Indian journal of veterinary science and animal husbandry - Volume 10,
Year: 1940
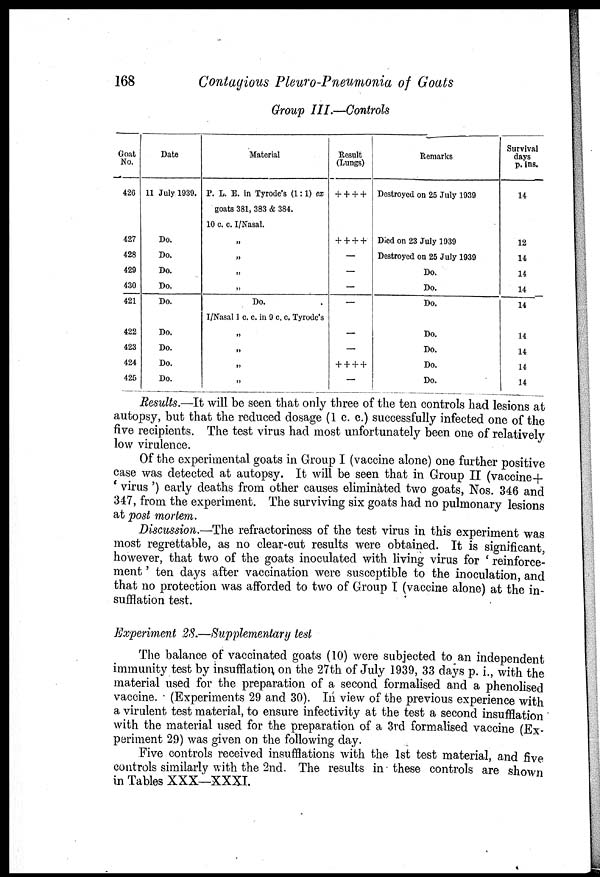
168
Contagious Pleuro-Pneumonia of Goats
Group III.—Controls
Goat
No.
426
427
428
429
430
421
422
423
424
425
Date
11 July 1939.
Do.
Do.
Do.
Do.
Do.
Do.
Do.
Do.
Do.
Material
P. L. E. in Tyrode's (1:1) ex
goats 381, 383 & 384.
10 c. c. I/Nasal.
„
„
„
„
Do.
I/Nasal 1 c. c. in 9 c. c. Tyrode's
„
„
„
„
Result
(Lungs)
+ + + +
+ + + +
—
—
—
—
—
—
+ + + +
—
Remarks
Destroyed on 25 July 1939
Died on 23 July 1939
Destroyed on 25 July 1939
Do.
Do.
Do.
Do.
Do.
Do.
Do.
Survival
days
p. ins.
14
12
14
14
14
14
14
14
14
14
Results.—It will be seen that only three of the ten controls had lesions at
autopsy, but that the reduced dosage (1 c. c.) successfully infected one of the
five recipients. The test virus had most unfortunately been one of relatively
low virulence.
Of the experimental goats in Group I (vaccine alone) one further positive
case was detected at autopsy. It will be seen that in Group II (vaccine+
' virus') early deaths from other causes eliminated two goats, Nos. 346 and
347, from the experiment. The surviving six goats had no pulmonary lesions
at post mortem.
Discussion.—The refractoriness of the test virus in this experiment was
most regrettable, as no clear-cut results were obtained. It is significant,
however, that two of the goats inoculated with living virus for ' reinforce-
ment ' ten days after vaccination were susceptible to the inoculation, and
that no protection was afforded to two of Group I (vaccine alone) at the in-
sufflation test.
Experiment 28.—Supplementary test
The balance of vaccinated goats (10) were subjected to an independent
immunity test by insufflation on the 27th of July 1939, 33 days p. i., with the
material used for the preparation of a second formalised and a phenolised
vaccine. (Experiments 29 and 30). In view of the previous experience with
a virulent test material, to ensure infectivity at the test a second insufflation
with the material used for the preparation of a 3rd formalised vaccine (Ex-
periment 29) was given on the following day.
Five controls received insufflations with the 1st test material, and five
controls similarly with the 2nd. The results in these controls are shown
in Tables XXX—XXXI.